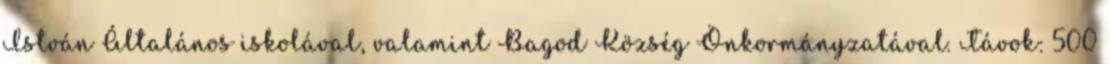
István Általános iskolával, valamint Bagod Község Önkormányzatával. Távok: 500